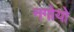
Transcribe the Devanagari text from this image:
नगोयो